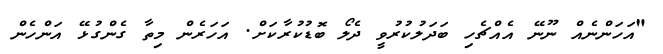
"އަހަންނެއް ނޫނޭ އެއްޗެހި ބަދަލުކުރުވީ ދެލޯ ބޮޑުކުރާކަށް. އަހަރެން މިތާ ގެންގުޅޭ އަންހެން